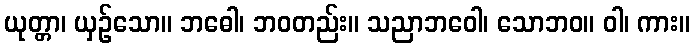
ယုတ္တာ၊ ယှဉ်သော။ ဘဓေါ၊ ဘဝတည်း။ သညာဘဝေါ၊ သောဘဝ။ ဝါ၊ ကား။